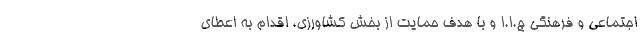
اجتماعی و فرهنگی ج.ا.ا و با هدف حمایت از بخش کشاورزی، اقدام به اعطای